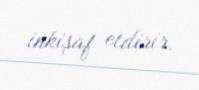
inkişaf etdirir.